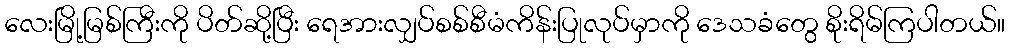
လေးမြို့မြစ်ကြီးကို ပိတ်ဆို့ပြီး ရေအားလျှပ်စစ်စီမံကိန်းပြုလုပ်မှာကို ဒေသခံတွေ စိုးရိမ်ကြပါတယ်။